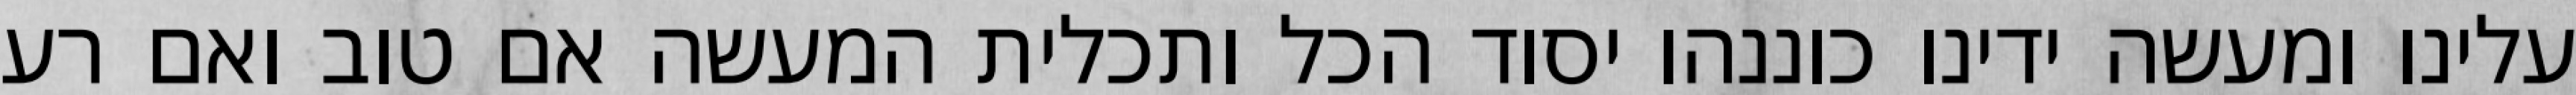
עלינו ומעשה ידינו כוננהו יסוד הכל ותכלית המעשה אם טוב ואם רע